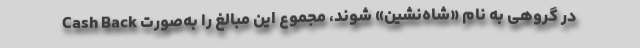
در گروهی به نام «شاه‌نشین» شوند، مجموع این مبالغ را به‌صورت Cash Back